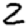
Digit: 2